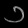
Digit: ၁